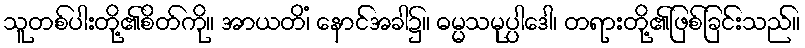
သူတစ်ပါးတို့၏စိတ်ကို။ အာယတိံ၊ နောင်အခါ၌။ ဓမ္မသမုပ္ပါဒေါ၊ တရားတို့၏ဖြစ်ခြင်းသည်။